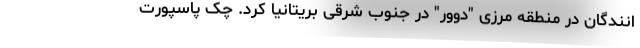
انندگان در منطقه مرزی "دوور" در جنوب شرقی بریتانیا کرد. چک پاسپورت